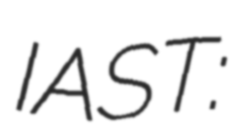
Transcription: IAST: